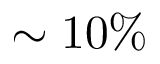
\sim 1 0 \%